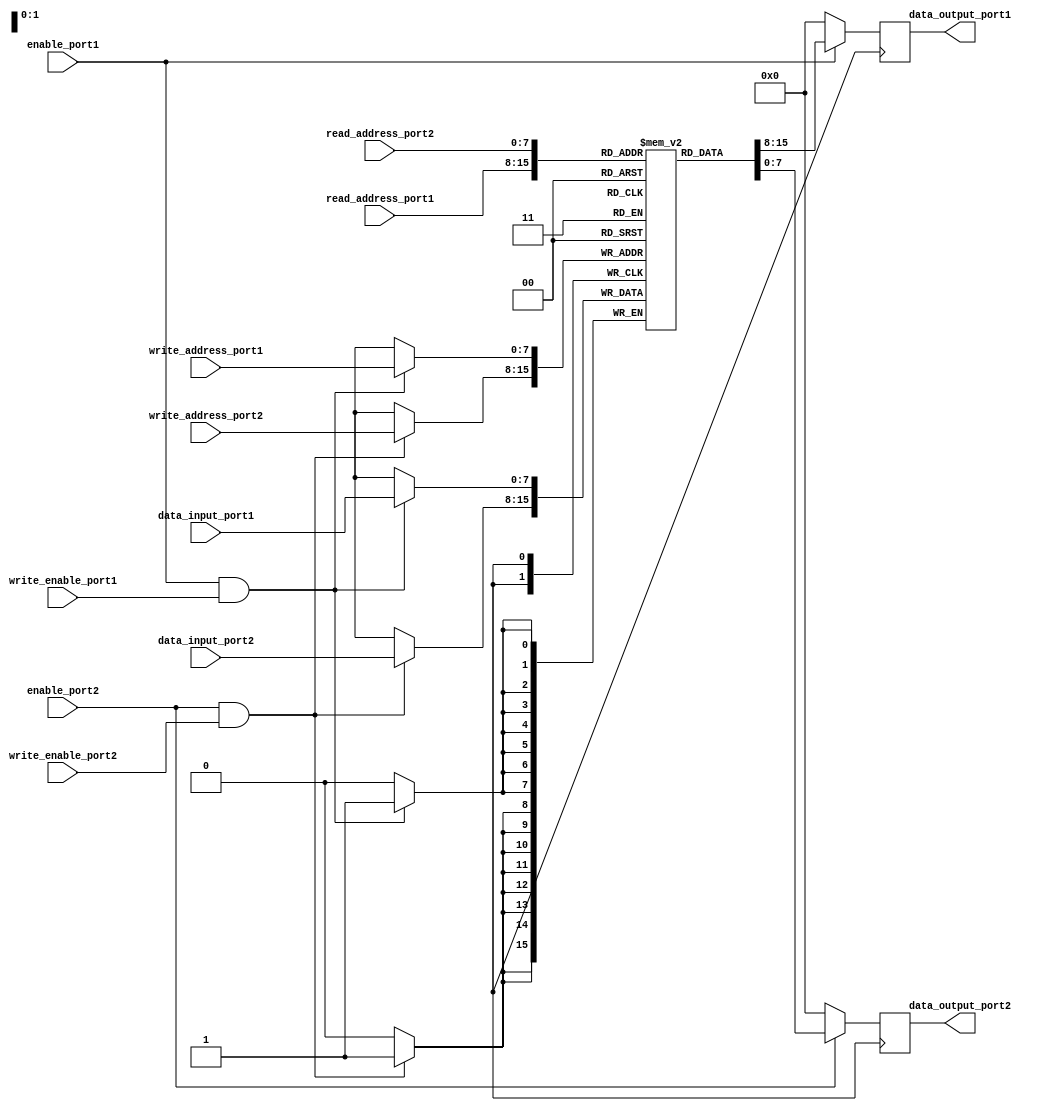
module dual_port_register_file (
  input wire [7:0] read_address_port1,
  input wire [7:0] read_address_port2,
  input wire [7:0] write_address_port1,
  input wire [7:0] write_address_port2,
  input wire [7:0] data_input_port1,
  input wire [7:0] data_input_port2,
  input wire enable_port1,
  input wire enable_port2,
  input wire write_enable_port1,
  input wire write_enable_port2,
  output reg [7:0] data_output_port1,
  output reg [7:0] data_output_port2
);

reg [7:0] memory [0:255];

always @(posedge clk) begin
  if(enable_port1 && write_enable_port1)
    memory[write_address_port1] <= data_input_port1;
    
  if(enable_port2 && write_enable_port2)
    memory[write_address_port2] <= data_input_port2;
    
  data_output_port1 <= enable_port1 ? memory[read_address_port1] : 8'b0;
  data_output_port2 <= enable_port2 ? memory[read_address_port2] : 8'b0;
end

endmodule